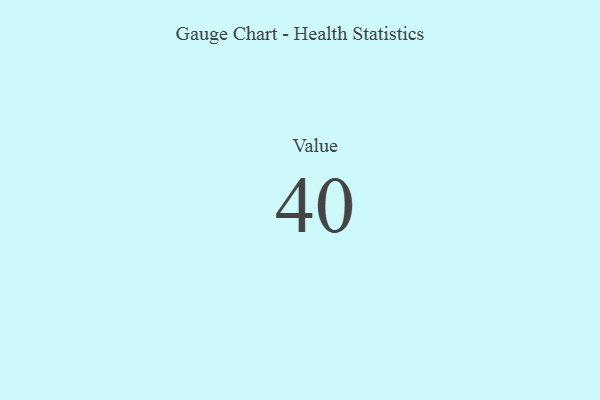
{"axis": {"x": "Metric", "y": "Value"}, "legend": [""], "data": [{"x": "Value", "y": 40, "type": ""}]}